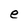
Character: e